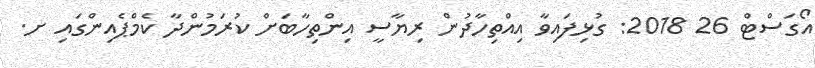
އޯގަސްޓް 26 2018: ގުޅިފައިވާ އިއްތިހާދުން ރިޔާސީ އިންތިހާބަށް ކުރަމުންދާާ ކެމްޕެއިންގައި ށ.